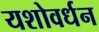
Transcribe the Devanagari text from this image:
यशोवर्धन